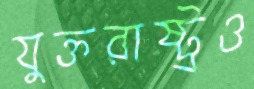
যুক্তরাষ্ট্রও